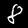
Digit: 8